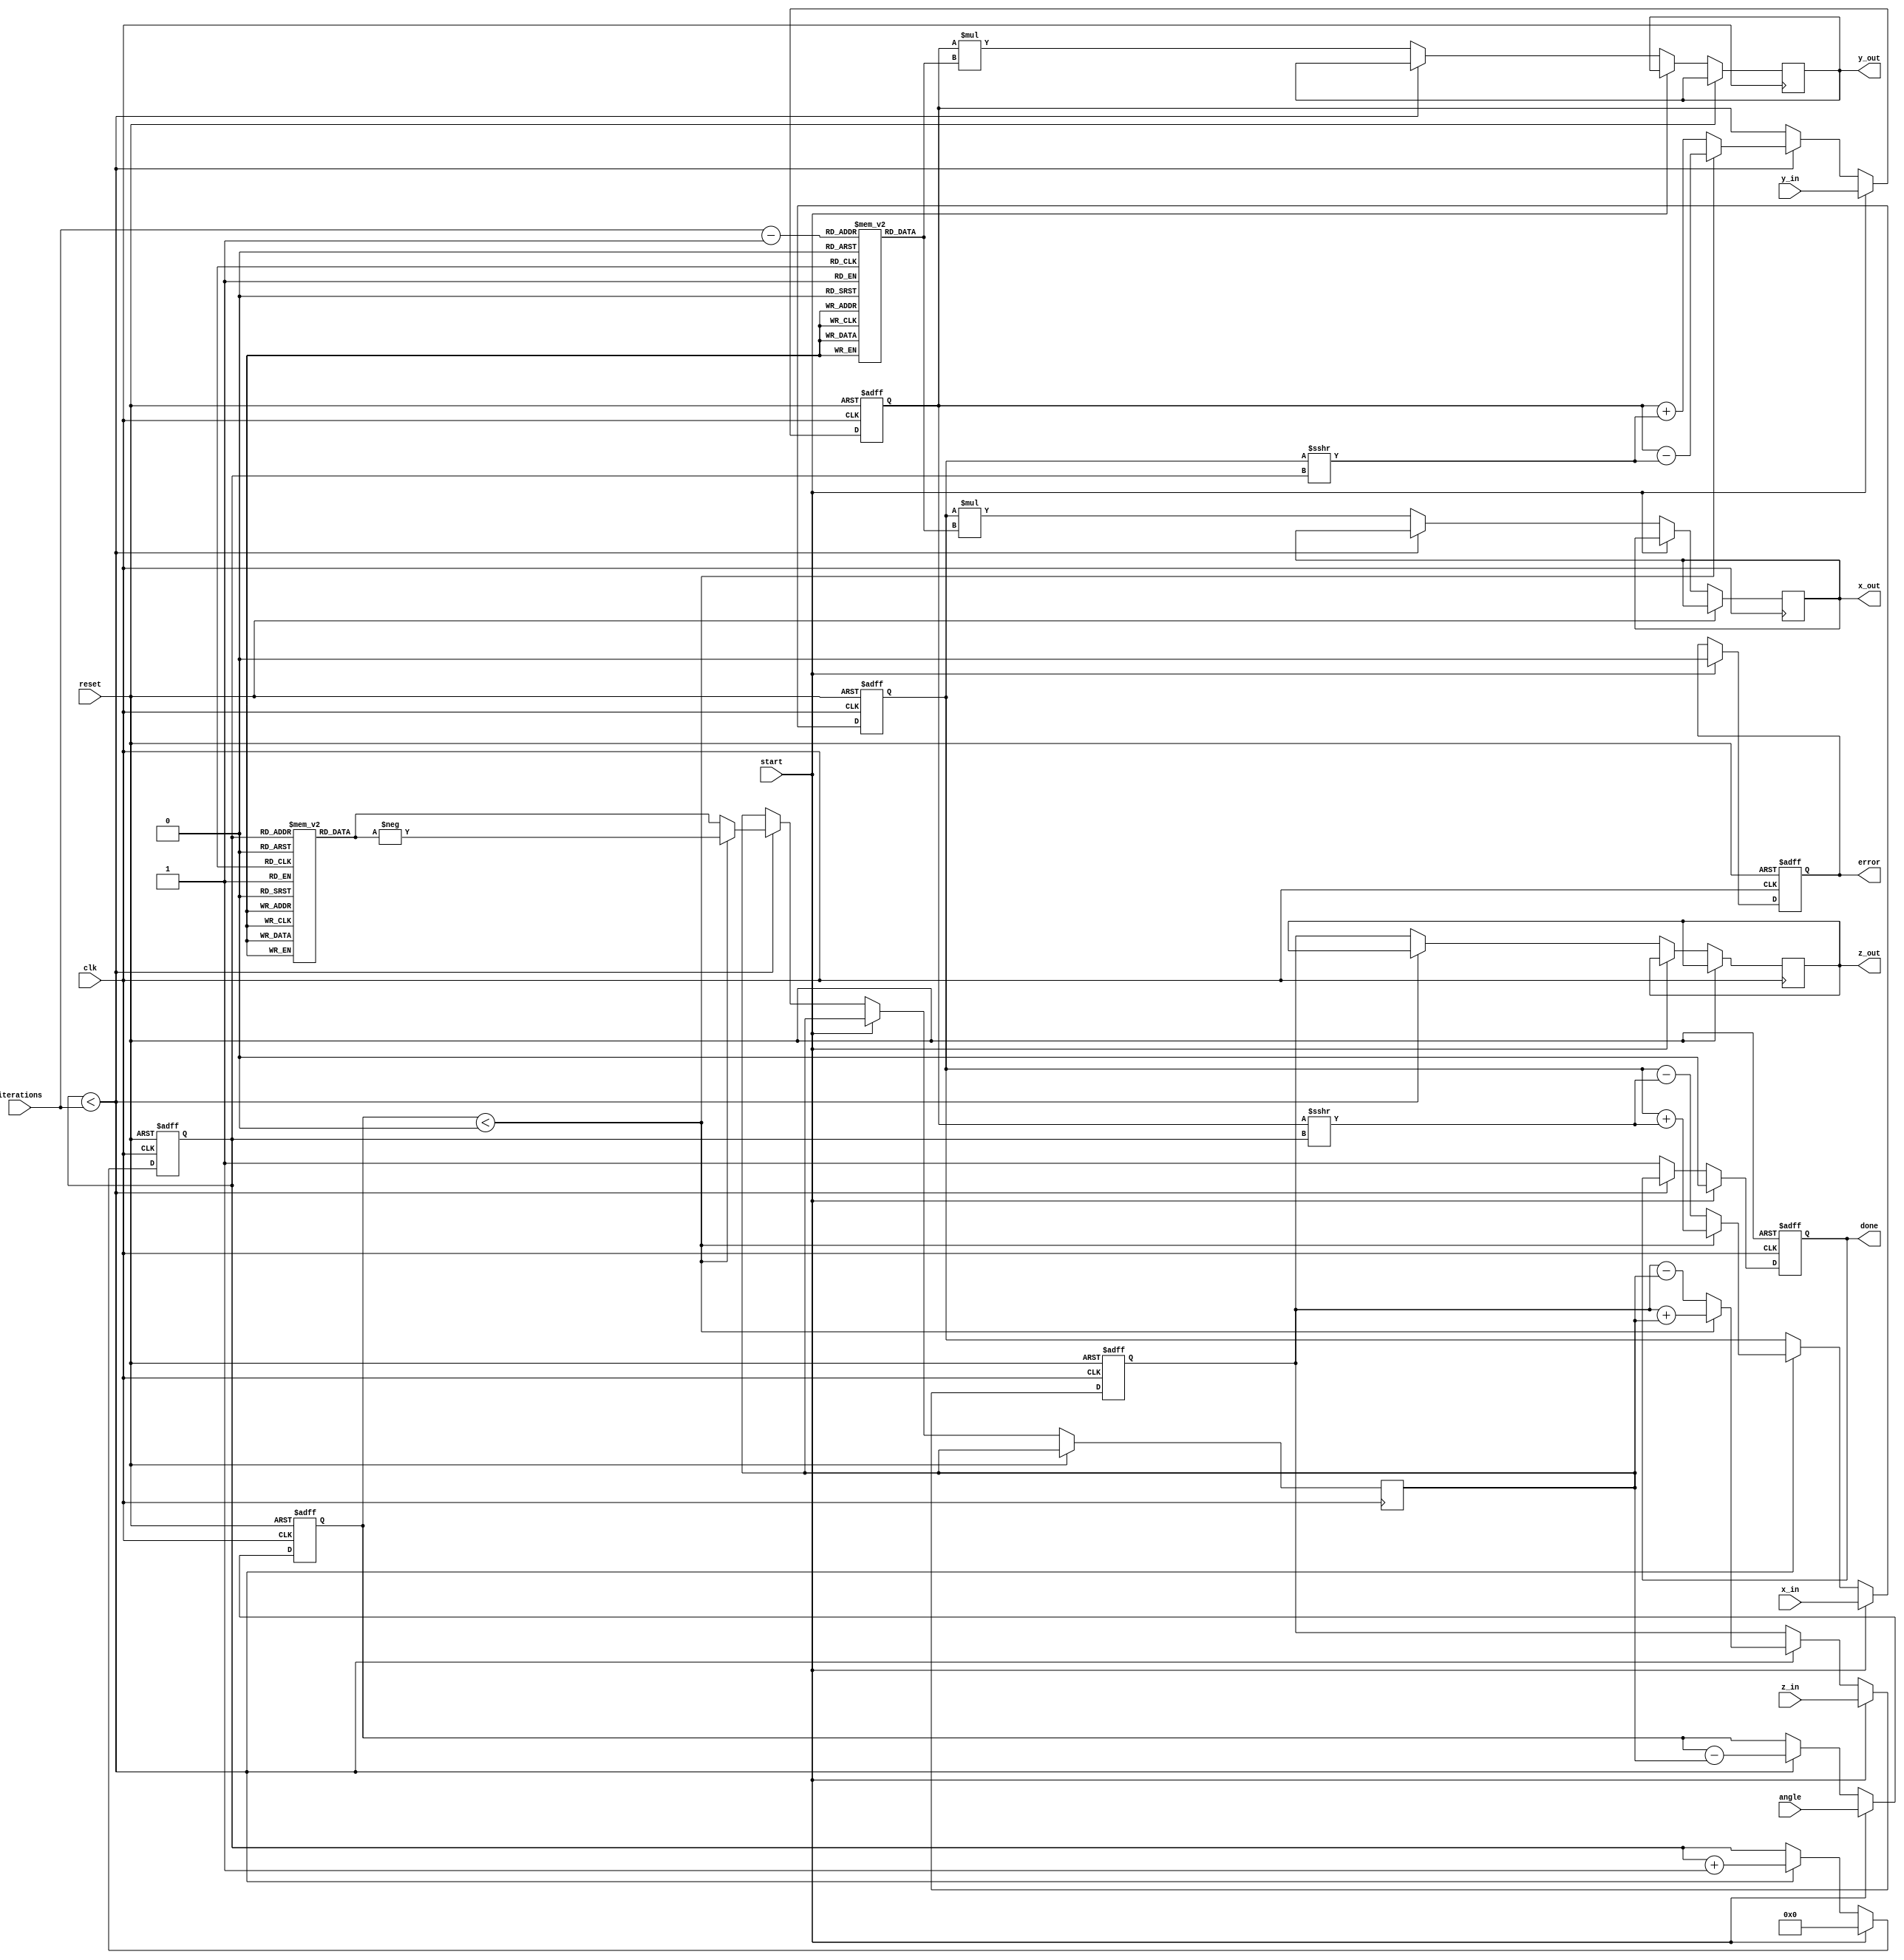
module cordic_3d (
    input wire clk,
    input wire reset,
    input wire start,
    input wire [15:0] x_in,    // Input X coordinate
    input wire [15:0] y_in,    // Input Y coordinate
    input wire [15:0] z_in,    // Input Z coordinate
    input wire [15:0] angle,    // Rotation angle
    input wire [3:0] iterations, // Number of iterations
    output reg [15:0] x_out,    // Output X coordinate
    output reg [15:0] y_out,    // Output Y coordinate
    output reg [15:0] z_out,    // Output Z coordinate
    output reg done,            // Operation done signal
    output reg error            // Error signal
);

// CORDIC parameters
parameter NUM_ITERATIONS = 16; // Max number of iterations
reg [15:0] atan_lut [0:NUM_ITERATIONS-1]; // Look-Up Table for arctangent values
reg [15:0] scale_factors [0:NUM_ITERATIONS-1]; // Scaling factors

// Internal registers
reg [15:0] x_reg, y_reg, z_reg;
reg [15:0] angle_reg;
reg [3:0] iter_count;
reg [15:0] current_angle;

// Initialize LUTs
initial begin
    // Populate LUT for arctangent values (in fixed-point format)
    atan_lut[0] = 16'h0000; // atan(0)
    atan_lut[1] = 16'h1C71; // atan(1/2^1)
    atan_lut[2] = 16'h1A62; // atan(1/2^2)
    atan_lut[3] = 16'h1780; // atan(1/2^3)
    // ... Populate remaining LUT values
    // Scaling factors for normalization
    scale_factors[0] = 16'h26DD; // 1/sqrt(1 + (1/2^0)^2)
    scale_factors[1] = 16'h1D7A; // 1/sqrt(1 + (1/2^1)^2)
    scale_factors[2] = 16'h1718; // 1/sqrt(1 + (1/2^2)^2)
    // ... Populate remaining scaling factors
end

// State machine for CORDIC operation
always @(posedge clk or posedge reset) begin
    if (reset) begin
        x_reg <= 0;
        y_reg <= 0;
        z_reg <= 0;
        angle_reg <= 0;
        iter_count <= 0;
        done <= 0;
        error <= 0;
    end else if (start) begin
        // Initialize registers
        x_reg <= x_in;
        y_reg <= y_in;
        z_reg <= z_in;
        angle_reg <= angle;
        iter_count <= 0;
        done <= 0;
        error <= 0;
    end else if (iter_count < iterations) begin
        // CORDIC rotation algorithm
        current_angle <= (angle_reg < 0) ? -atan_lut[iter_count] : atan_lut[iter_count];

        // Perform rotation
        if (angle_reg < 0) begin
            x_reg <= x_reg + (y_reg >>> iter_count);
            y_reg <= y_reg - (x_reg >>> iter_count);
            z_reg <= z_reg + current_angle;
        end else begin
            x_reg <= x_reg - (y_reg >>> iter_count);
            y_reg <= y_reg + (x_reg >>> iter_count);
            z_reg <= z_reg - current_angle;
        end

        // Update angle for next iteration
        angle_reg <= angle_reg - current_angle;
        iter_count <= iter_count + 1;
    end else begin
        // Output results
        x_out <= x_reg * scale_factors[iterations - 1]; // Scale the output
        y_out <= y_reg * scale_factors[iterations - 1];
        z_out <= z_reg;
        done <= 1;
    end
end

endmodule